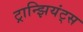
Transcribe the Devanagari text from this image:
ट्रान्झियंट्स